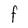
Character: F